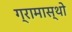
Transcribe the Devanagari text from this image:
ग्रामास्थो